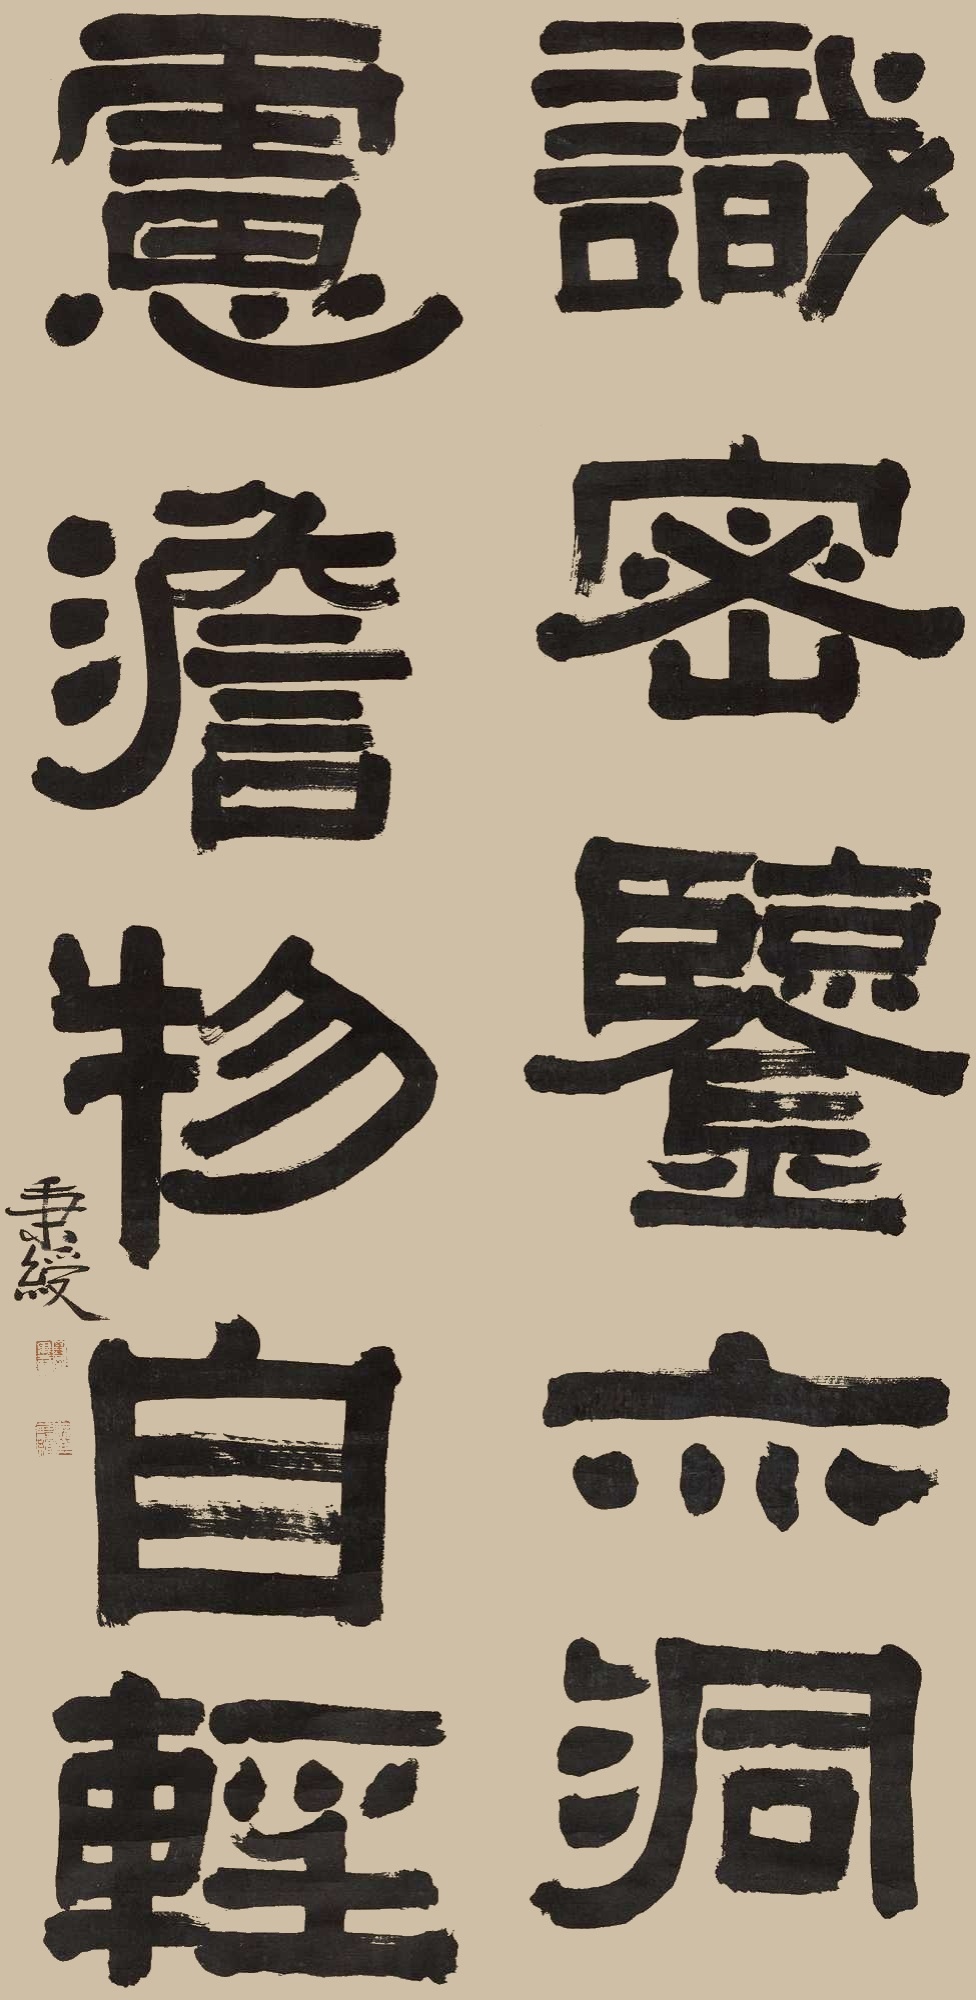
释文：识密鉴亦洞，虑淡物自轻。秉绶。